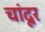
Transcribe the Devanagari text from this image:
चांदूर